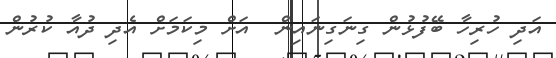
އަދި ހުރިހާ ބޭފުޅުން ގިނަގިނައިން  އަށް މިކަމަށް އެދި ދުއާ ކުރުން